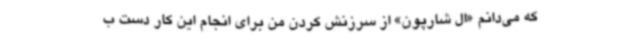
که می‌دانم «ال شارپون» از سرزنش‌ کردن من برای انجام این کار دست ب